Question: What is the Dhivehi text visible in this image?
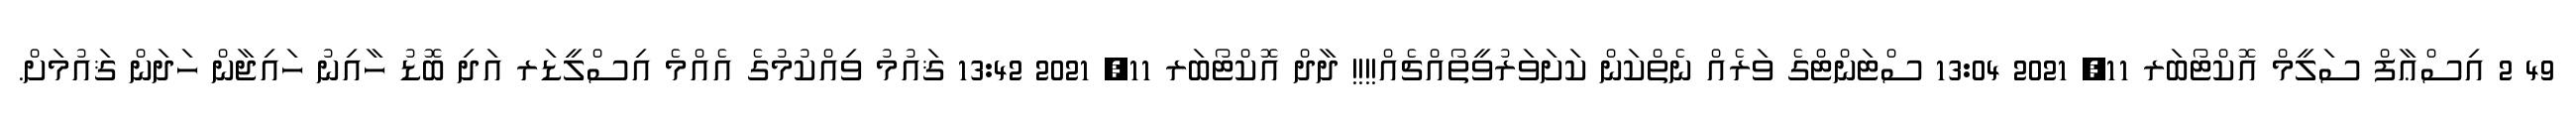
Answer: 49 2 އިސްޢާފް ސަލީމް އޮކްޓޯބަރ 11, 2021 13:04 ސްޓަންޓްގެ ވަރެއް ނެތްކަން ކަށަވަރުވީތޯއްޗެއް!!!! ދާދް އޮކްޓޯބަރ 11, 2021 13:42 ޤައުމު ވިއްކުމުގެ އެއްމެ އިސްލީޑަރ އަދި ބޮޑު ހާއިނު ހައިޖާން ހަދަން ޤައުމަށް.